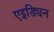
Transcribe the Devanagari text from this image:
एइड्यिन